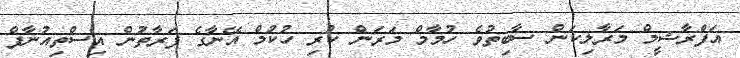
އަފްރާޝީމް މަރާލިކަން ސާބިތުވެ ހުމާމް މަރަން ކުރި ހުކުމް އޭނާގެ ފަރާތުން އިސްތިއުނާފް